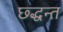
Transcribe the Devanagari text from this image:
छ्द्धन्त